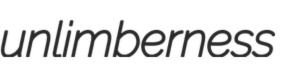
unlimberness